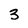
Character: 3